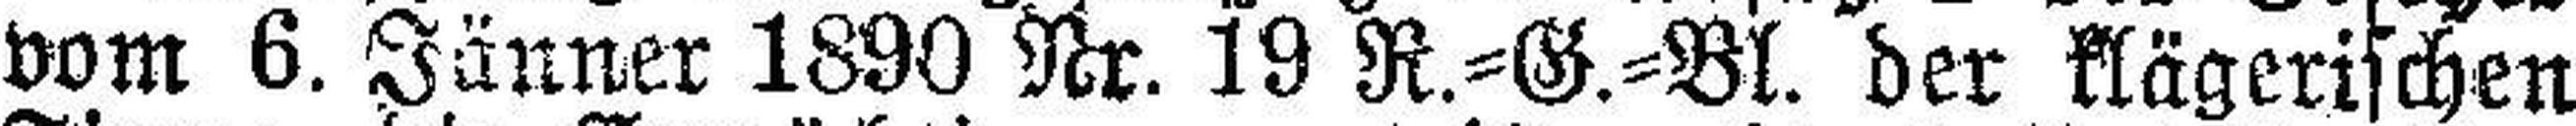
vom 6. Jänner 1890 Nr. 19 R.-G.-Bl. der klägerischen